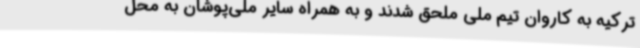
ترکیه به کاروان تیم ملی ملحق شدند و به همراه سایر ملی‌پوشان به محل